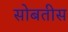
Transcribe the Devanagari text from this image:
सोबतीस